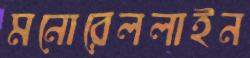
মনোরেললাইন